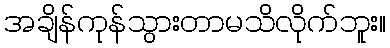
အချိန်ကုန်သွားတာမသိလိုက်ဘူး။